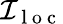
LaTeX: \mathcal{I}_{\mathrm{~l~o~c~}}